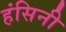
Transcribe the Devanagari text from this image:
हंसिनी